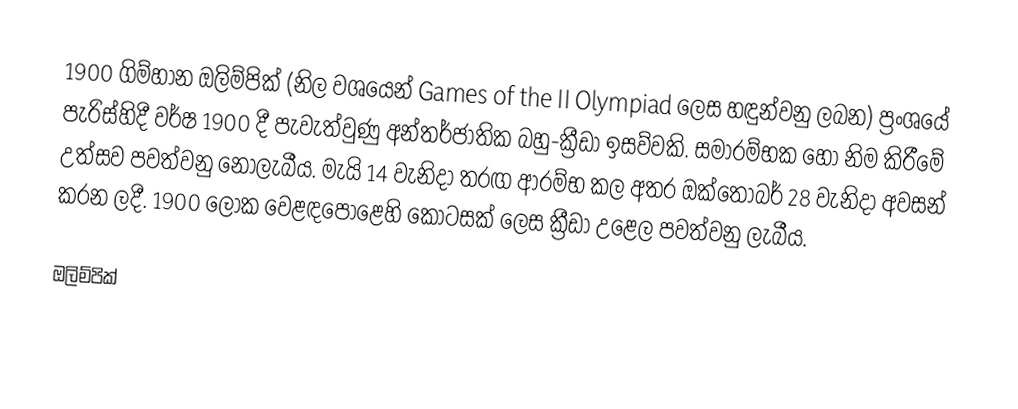
1900 ගිම්හාන ඔලිම්පික් (නිල වශයෙන් Games of the II Olympiad ලෙස හඳුන්වනු ලබන) ප්‍රංශයේ පැරිස්හිදී වර්ෂ 1900 දී පැවැත්වුණු අන්තර්ජාතික බහු-ක්‍රීඩා ඉසව්වකි. සමාරම්භක හෝ නිම කිරීමේ උත්සව පවත්වනු නොලැබීය. මැයි 14 වැනිදා තරඟ ආරම්භ කල අතර ඔක්තෝබර් 28 වැනිදා අවසන් කරන ලදී. 1900 ලෝක වෙළඳපොළෙහි කොටසක් ලෙස ක්‍රීඩා උළෙල පවත්වනු ලැබීය.

ඔලිම්පික්